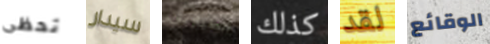
تحظى سيدار الطيارين كذلك لقد الوقائع